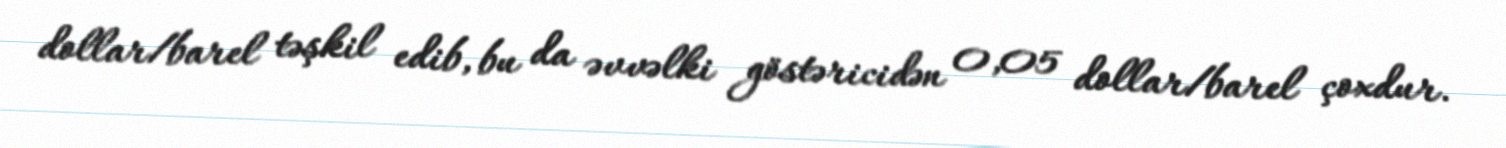
dollar/barel təşkil edib, bu da əvvəlki göstəricidən 0,05 dollar/barel çoxdur.